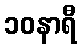
၁၀နာရီ